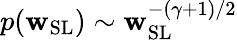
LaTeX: p(\mathbf{w}_{\mathrm{{SL}}})\sim\mathbf{w}_{\mathrm{{SL}}}^{-(\gamma+1)/2}